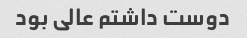
دوست داشتم عالی بود